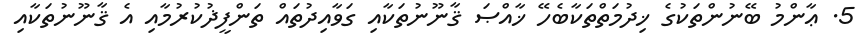
5. ޢާންމު ބޭނުންތަކުގެ ޚިދުމަތްތަކާބެހޭ ޚާއްޞަ ޤާނޫނުތަކާއި ގަވާއިދުތައް ތަންފީޛުކުރުމާއި އެ ޤާނޫނުތަކާއި